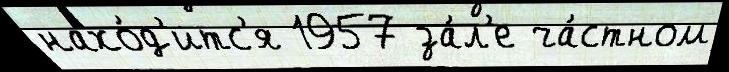
нахо́д'итс'я 1957 за́л'е ча́стном